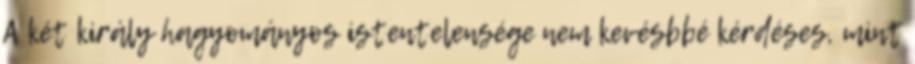
A két király hagyományos istentelensége nem kevésbbé kérdéses, mint